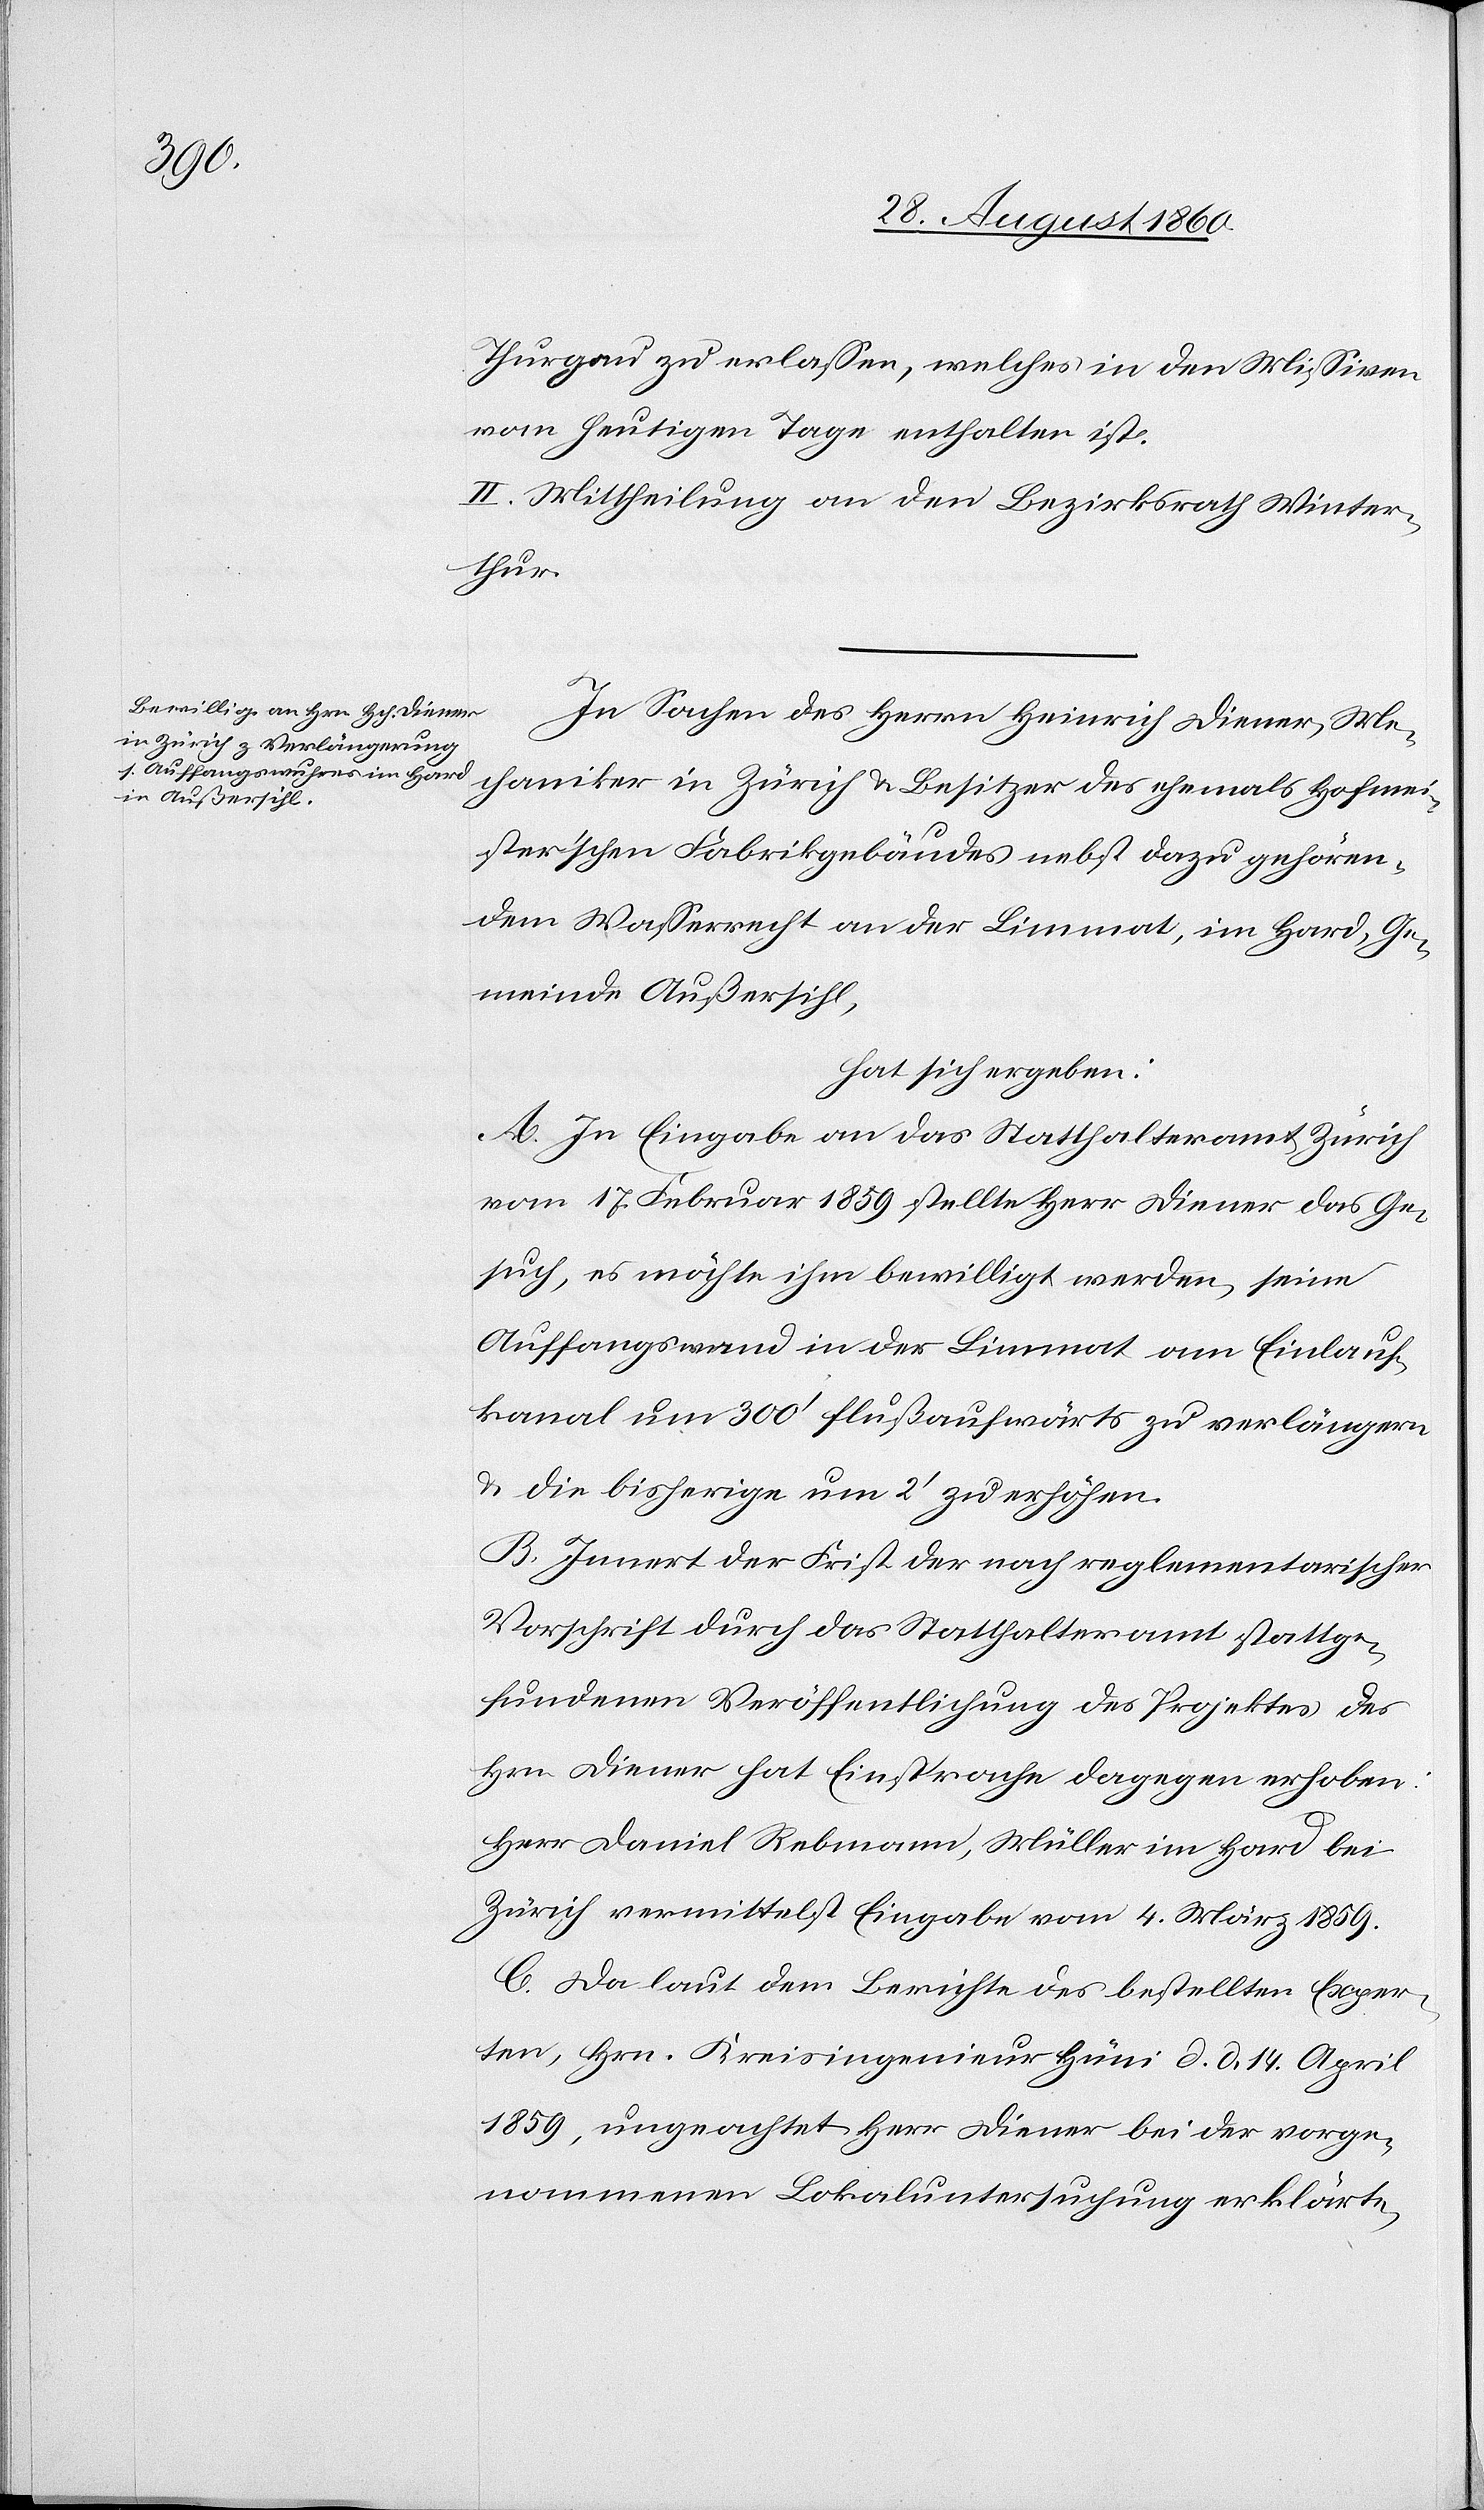
Thurgau zu erlassen, welches in den Missiven
vom heutigen Tage enthalten ist.
II. Mittheilung an den Bezirksrath Winter¬
thur.
In Sachen des Herrn Heinrich Diener, Me¬
chaniker, in Zürich u. Besitzer des ehemals Hofmei¬
sterschen Fabrikgebäudes nebst dazu gehören¬
dem Wasserrecht, an der Limmat, im Hard, Ge¬
meinde Aussersihl,
hat sich ergeben:
A. In Eingabe an das Statthalteramt Zürich
vom 17. Februar 1859 stellte Hr. Diener das Ge¬
such, es möchte ihm bewilligt werden, seine
Auffangswand in der Limmat am Einlauf¬
kanal um 300’ flussaufwärts zu verlängern
u. die bisherige um 2’ zu erhöhen.
B. Inner der Frist der nach reglementarischer
Vorschrift durch das Statthalteramt stattge¬
fundenen Veröffentlichung des Projektes des
Hrn. Diener hat Einsprache dagegen erhoben,
Hr. Daniel Rebmann, Müller, im Hard bei
Zürich vermittelst Eingabe vom 4. März 1859.
C. Da, laut dem Berichte des bestellten Exper¬
ten, Hrn. Kreisingenieur Hüni d. d. 14. April
1859, ungeachtet Hr. Diener bei der vorge¬
nommenen Lokaluntersuchung erklärte,